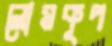
লোমকূপ